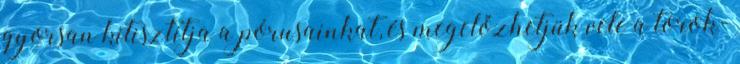
gyorsan kitisztítja a pórusainkat, és megelőzhetjük vele a torok-